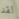
لقد